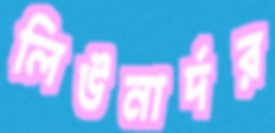
লিউনার্দর